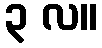
၃ လ။